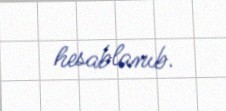
hesablanıb.